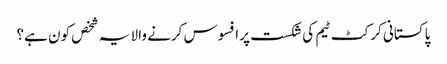
پاکستانی کرکٹ ٹیم کی شکست پر افسوس کرنے والا یہ شخص کون ہے؟